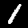
Label: 1